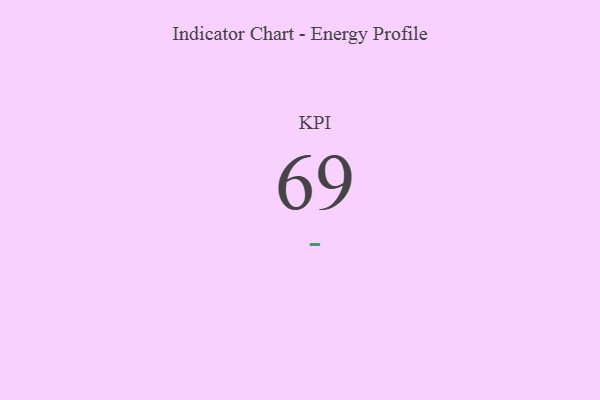
{"axis": {"x": "KPI", "y": "Value"}, "legend": [""], "data": [{"x": "KPI", "y": 69, "type": ""}]}